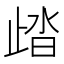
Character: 𣥾